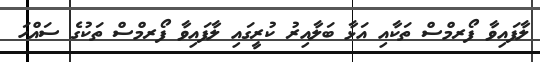
ލާފައިވާ ފޯރމްސް ތަކާއި އަޅާ ބަލާއިރު ކުރީގައި ލާފައިވާ ފޯރމްސް ތަކުގެ ސައްހަ